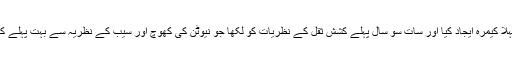
انہوں نے پہلا کیمرہ ایجاد کیا اور سات سو سال پہلے کشش ثقل کے نظریات کو لکھا جو نیوٹن کی کھوچ اور سیب کے نظریہ سے بہت پہلے کی بات ہے۔